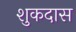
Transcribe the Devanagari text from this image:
शुकदास